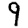
Digit: 9